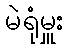
မဲရုံမှူး